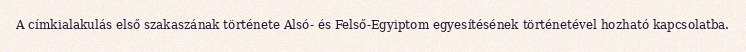
A címkialakulás első szakaszának története Alsó- és Felső-Egyiptom egyesítésének történetével hozható kapcsolatba.